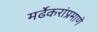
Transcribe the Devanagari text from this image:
मर्ढेकरांप्रमाणे